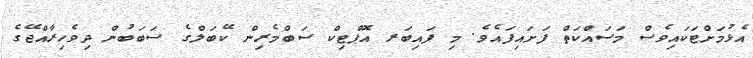
އެޅުމަށްޓަކައިވެސް މަސައްކަތް ފަށައިފައެވެ. މި ފައިބަރ އޮޕްޓިކް ސަބްމެރިން ކޭބަލްގެ ސަބަބުން ދިވެހިރާއްޖޭގެ